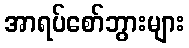
အာရပ်စော်ဘွားများ